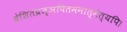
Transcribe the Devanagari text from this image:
देशितंप्रज्ञपितमनात्मेत्यपि।